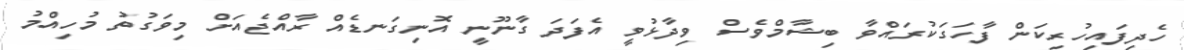
ހެދިފައިހުރިކަން ފާހަގަކުރައްވާ ބިޝާމްވެސް ވިދާޅުވީ އެފަދަ ގާނޫނީ އޮނިގަނޑެއް ރާއްޖެއަށް މިވަގުތު މުހިއްމު